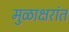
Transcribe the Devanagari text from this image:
मुळाक्षरांत